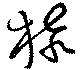
猿